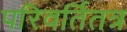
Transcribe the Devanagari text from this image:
परिवर्तितत्र